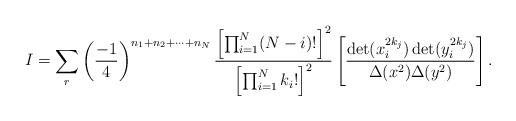
\begin{align*}I = \sum_r \left( \frac{-1}{4} \right)^{n_1 + n_2 + \cdots + n_N}\frac{\left[ \prod_{i=1}^N (N-i)! \right]^2}{ \left[ \prod_{i=1}^N k_i!\right]^2} \left[ \frac{\det(x_i^{2k_j})\det(y_i^{2k_j})}{\Delta(x^2)\Delta(y^2)} \right] .\end{align*}